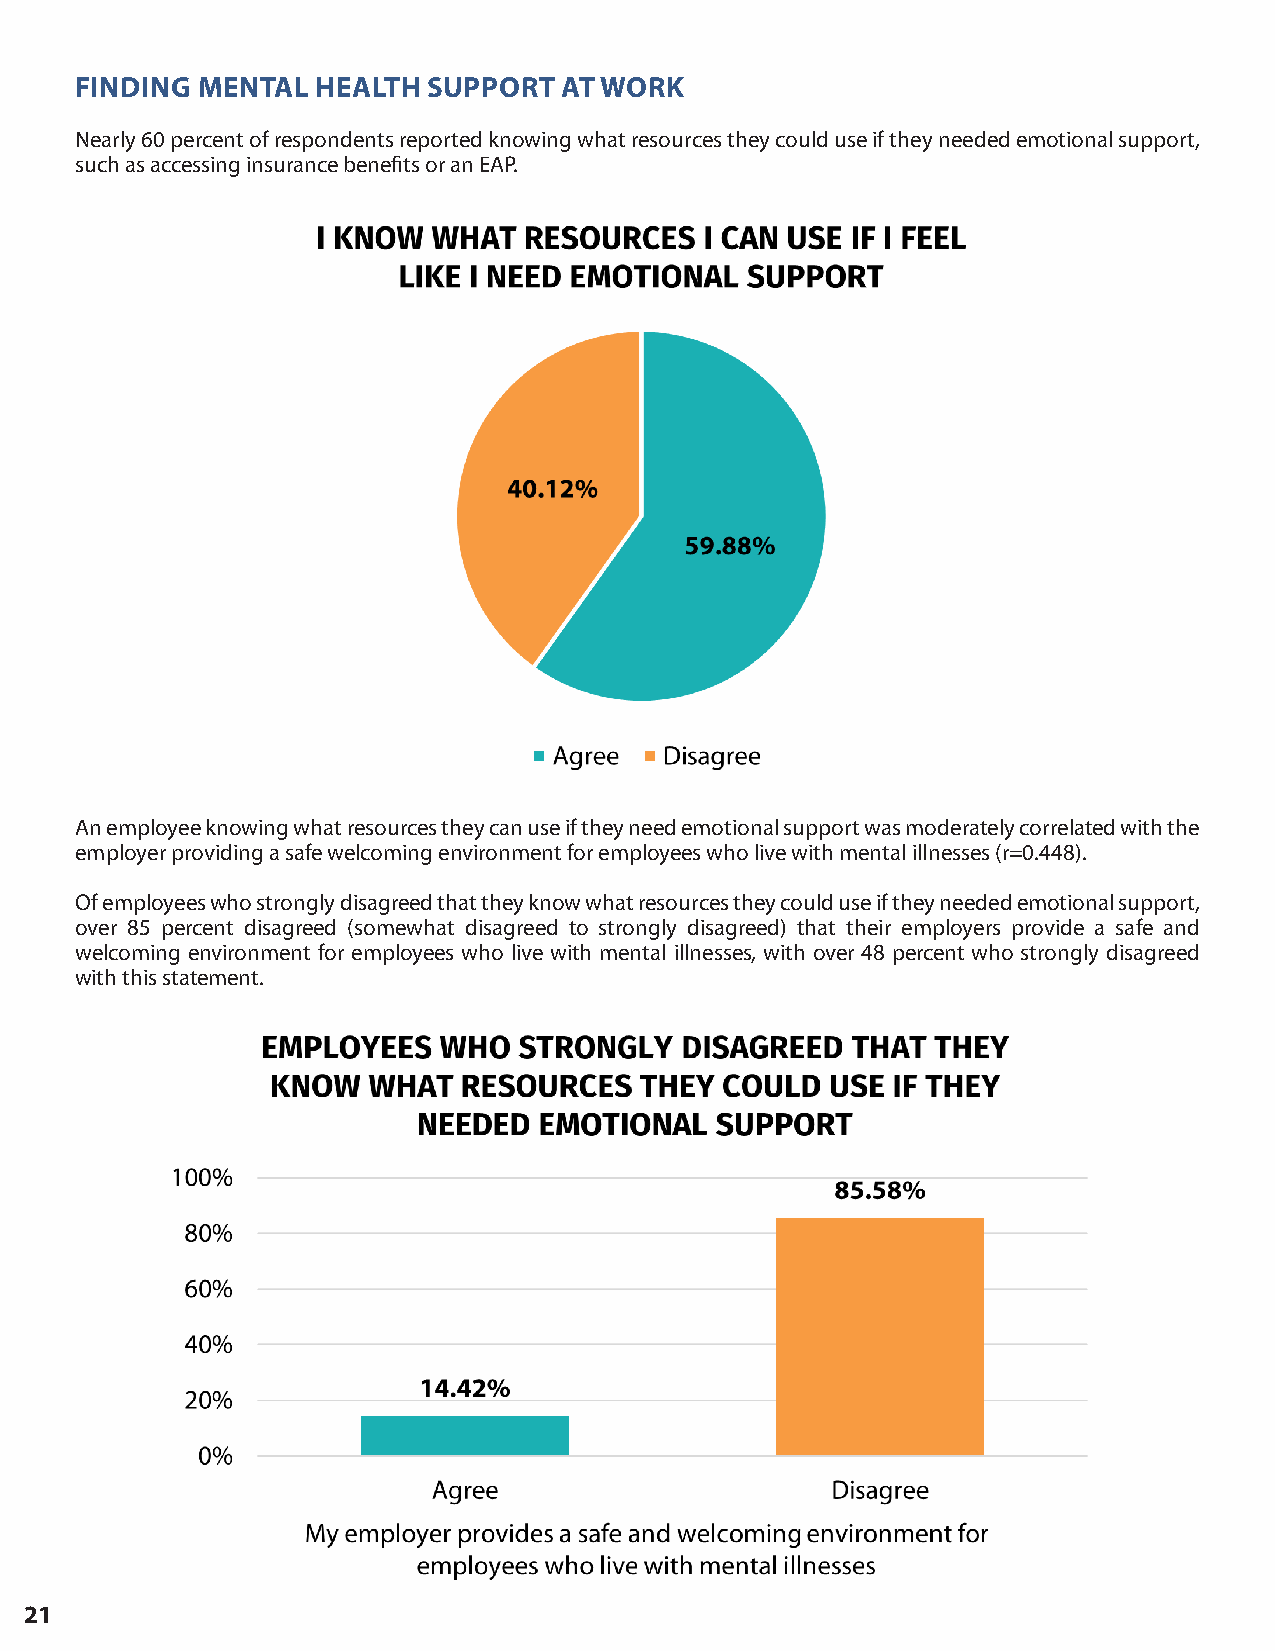
FINDING MENTAL  HEALTH SUPPORT  AT WORK
 Nearly 60 percent of respondents reported knowing what resources they could use if they needed emotional support,
 such as accessing insurance benefits or an EAP.
 An employee knowing what resources they can use if they need emotional support was moderately correlated with the
 employer providing a safe welcoming environment for employees who live with mental illnesses (r=0.448).
 Of employees who strongly disagreed that they know what resources they could use if they needed emotional support,
 over 85 percent disagreed (somewhat disagreed to strongly disagreed) that their employers provide a safe and
 welcoming environment for employees who live with mental illnesses, with over 48 percent who strongly disagreed
 with this statement.
 21